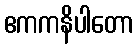
ဧကကနိပါတော